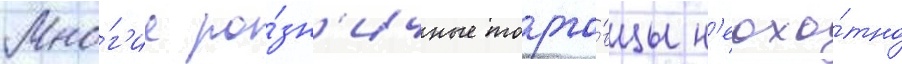
Мно́г'ие ро́зн'ичные торго́вцы н'еохо́тно